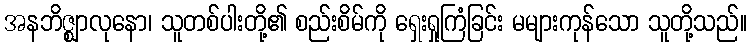
အနဘိဇ္ဈာလုနော၊ သူတစ်ပါးတို့၏ စည်းစိမ်ကို ရှေးရှုကြံခြင်း မများကုန်သော သူတို့သည်။